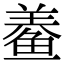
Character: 鲞